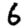
Digit: 6